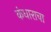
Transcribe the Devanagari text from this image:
कंधाराचा